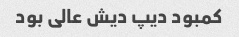
کمبود دیپ دیش عالی بود